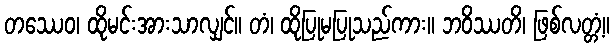
တဿေဝ၊ ထိုမင်းအားသာလျှင်။ တံ၊ ထိုပြုမပြုသည်ကား။ ဘဝိဿတိ၊ ဖြစ်လတ္တံ့။